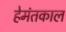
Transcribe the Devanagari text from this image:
हेमंतकाल